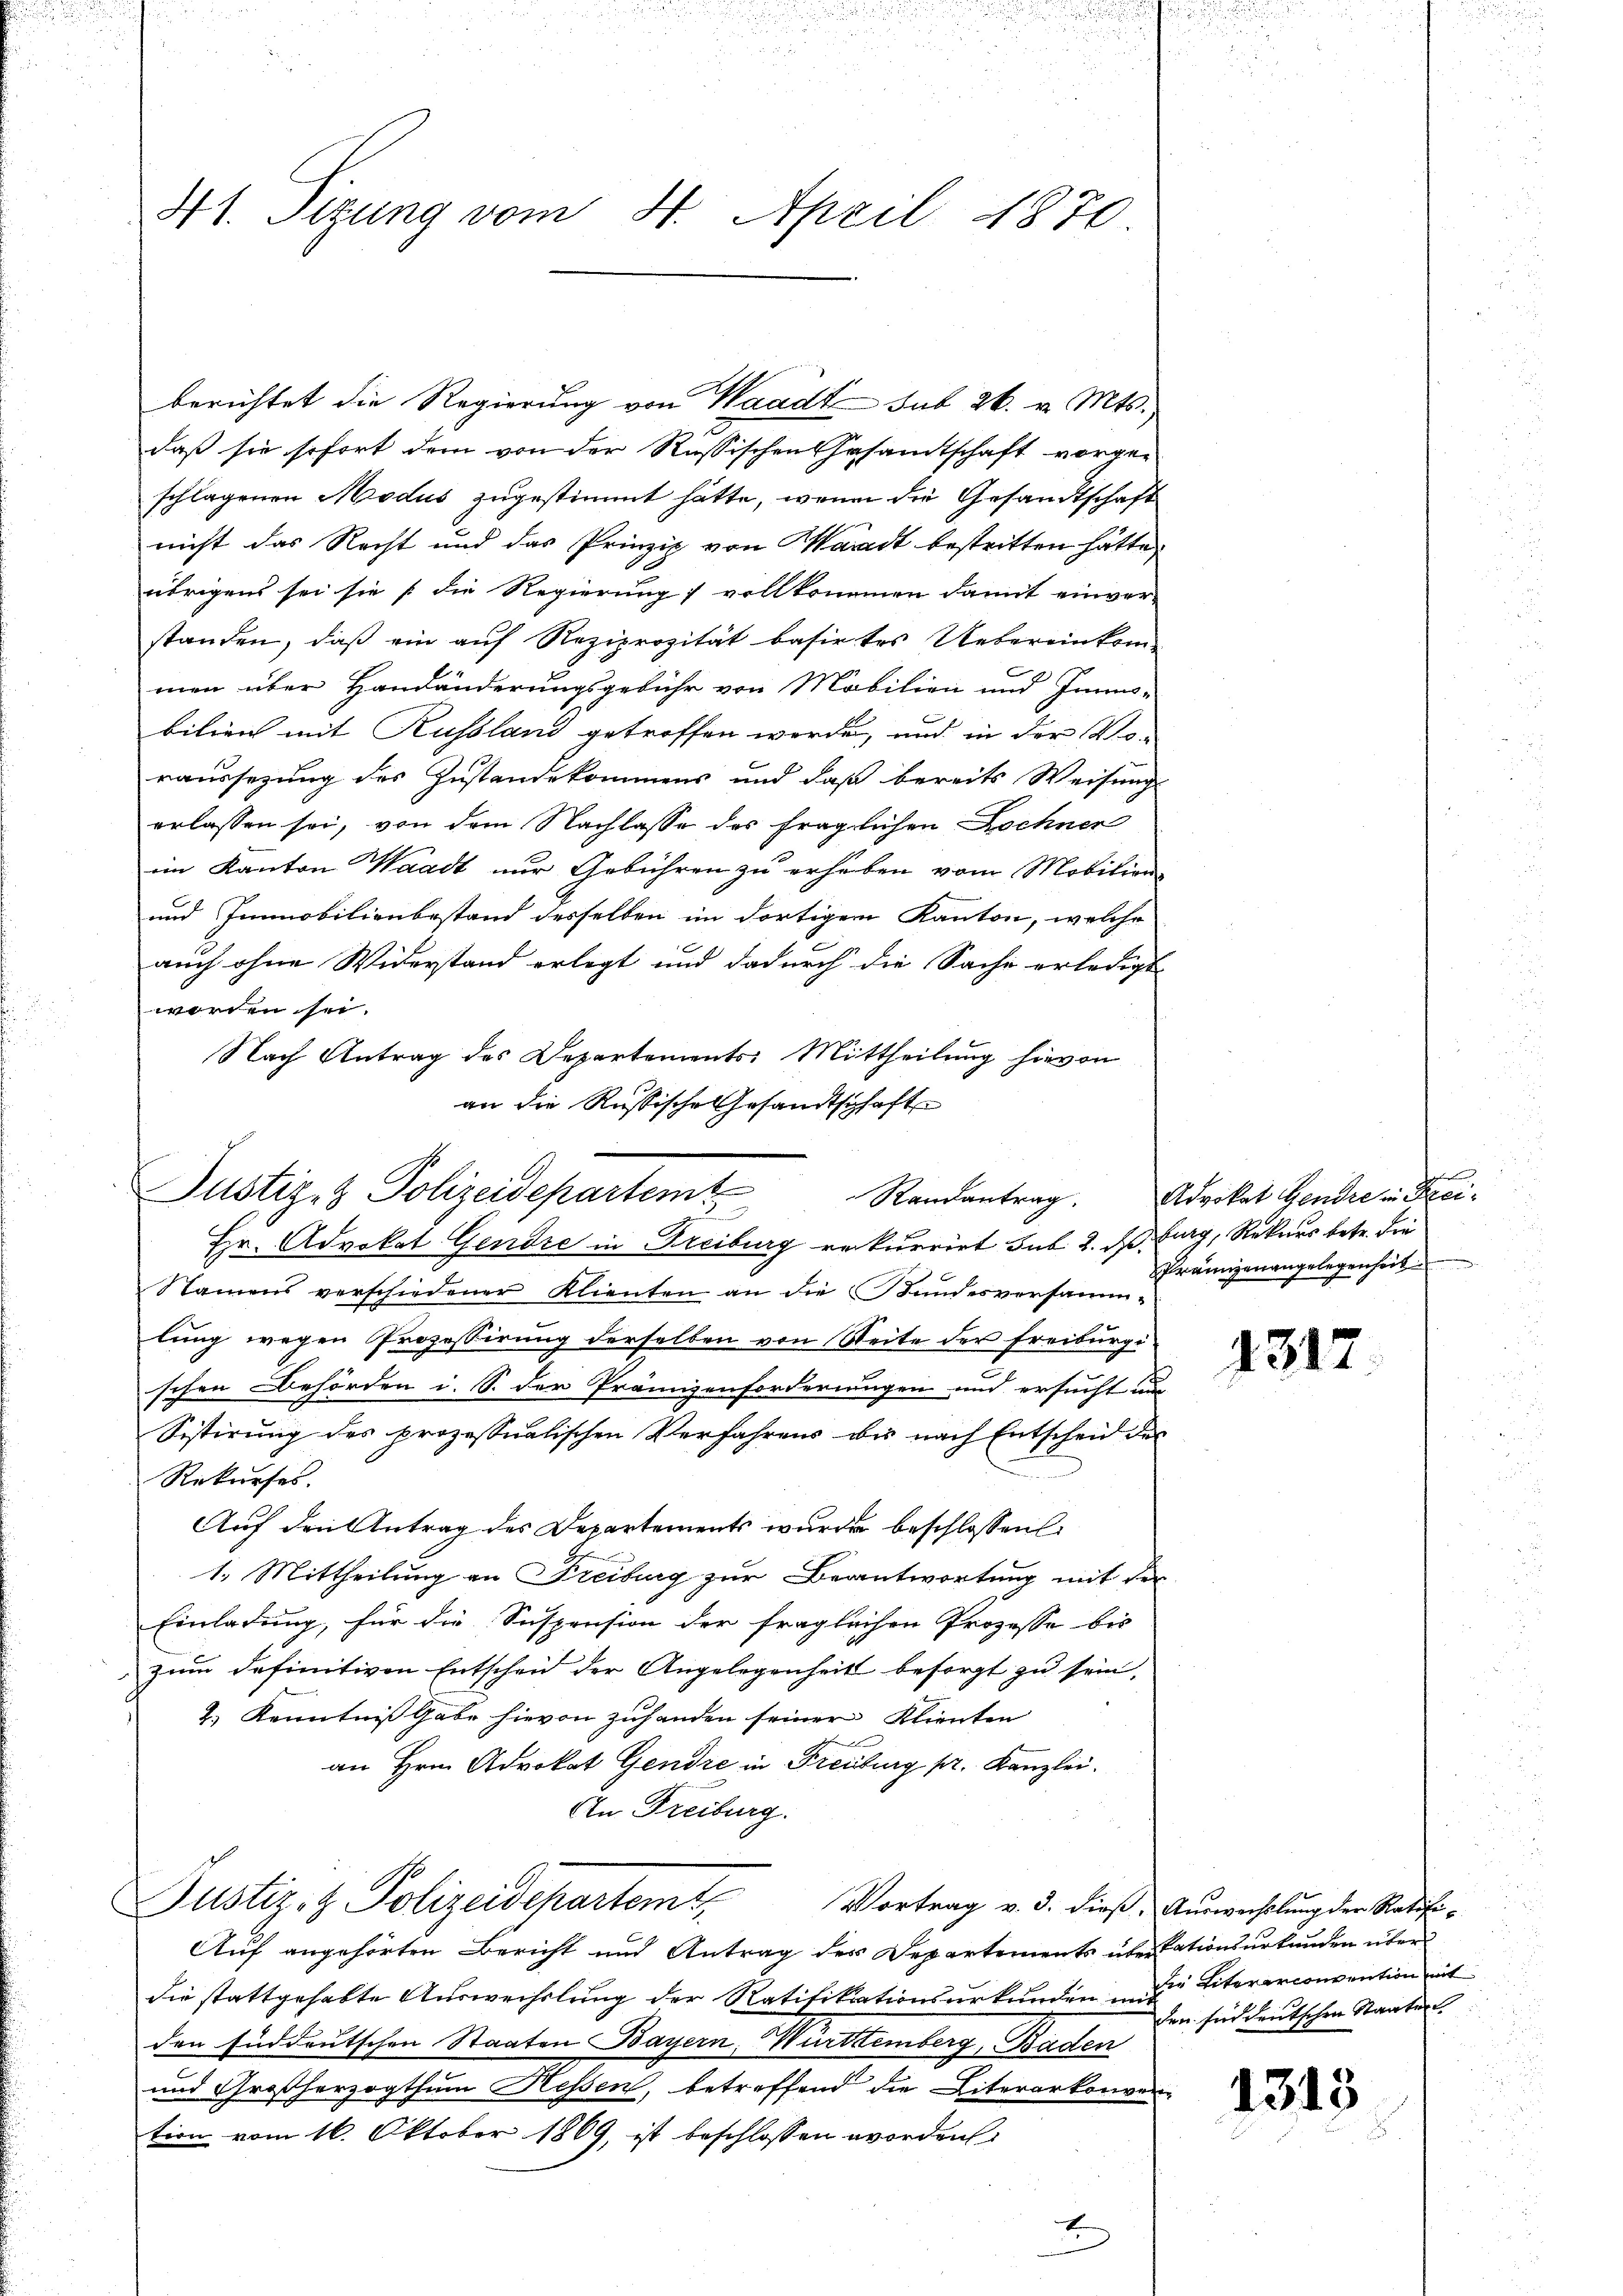
41. Sizung vom 4. April 1870.

berichtet die Regierung von Waadt sub 26. v. Mts.
daß sie sofort dem von der Russischen Gesamtschaft vorgeschlagenen Modus zugestimmt hätte, wenn die Gesandtschaft
nicht das Recht und das Prinzip von Waadt bestritten hätte,
übrigens sei sie die Regierung) vollkommen damit einver-
standen, daß ein auf Reziprozität basirtes Uebereinkom-
men über Handänderungsgebühr von Mobilien und Inns-
bilien mit Russland getroffen werde, und in der Vo-
raussezung des Zustandekommens und daß bereits Weisung
erlassen sei, von dem Nachlasse des fraglichen Dochner
im Kanton Waadt nur Gebühren zu erheben vom Mobilien-
und Immobilienbestand desselben im dortigem Kanton, welche
auch ohne Widerstand erlegt und dadurch die Sache erledigt
worden sei.
Nach Antrag des Departements: Mittheilung hievon
an die Russische Gesandtschaft

Justiz- & Polizeidepartemt

Hr. Advokat Gendre in Freiburg rekurrirt sub 2. dß. Furg, Rekurs betr. Fra¬

Namens verschiedener Klienten an die Bundesversammlung wegen Prozessirung derselben von Seite der Freiburgischen Behörden i. S. der Prämizenforderungen und ersucht un
Sistirung des prozessualischen Verfahrens bis nach Entscheid des
Rekurses.
Auf den Antrag des Departements wurde beschlossen
1. Mittheilung an Freiburg zur Beantwortung mit der
Einladung, für die Suspension der fraglichen Prozesse bis
zum definitiven Entscheid der Angelegenheit besorgt zu sein,
2.) Kenntniß gabe hievon zuhanden seiner Klienten
e
an Hrn. Advokat Gendre in Freiburg pr. Kanzlei.
An Freiburg

Justiz- & Polizeidepartem

Auf angehörten Bericht und Antrag des Departements übertationsurkunden über
die stattgehabte Auswechslung der Ratifikationsurkunden und Litererconvention mit
den süddeutschen Staaten Bayern, Württemberg, Baden
und Großherzogthum Hessen, betreffend die Literarkonven
tion vom 16. Oktober 1869, ist beschlossen worden
E

gierung
Randantrag. Advokat Gendre in Frei¬
Errungenangelegenheit

4317.

Vortrag v. 3. dieß. Auswechslung der Ratifiden find deutschen Staaten

1313